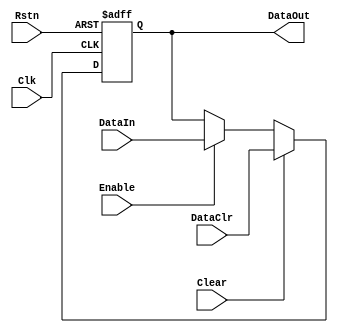
//======================================================
// Copyright (C) 2020 By 
// All Rights Reserved
//======================================================
// Module : 
// Author : 
// Contact : 
// Date : 
//=======================================================
// Description :
//========================================================
module CPM_REG_RCE #(
    parameter DW = 1,
    parameter RST_DAT = 0
) (
    input            Clk   ,
    input            Rstn  ,
    input            Clear ,
    input  [DW -1:0] DataClr,
    input            Enable,
    input  [DW -1:0] DataIn,
    output [DW -1:0] DataOut
);
  reg [DW -1:0] data_out;
  assign DataOut = data_out;
  always @ ( posedge Clk or negedge Rstn )begin
    if( ~Rstn )
      data_out <= RST_DAT;
    else if( Clear )
      data_out <= DataClr;
    else if( Enable )
      data_out <= DataIn;
  end
endmodule